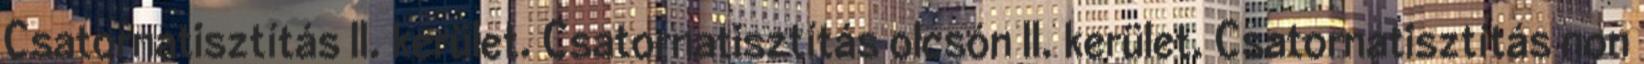
Csatornatisztítás II. kerület. Csatornatisztítás olcsón II. kerület. Csatornatisztítás non